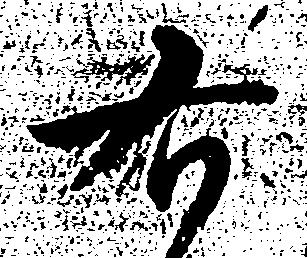
右